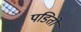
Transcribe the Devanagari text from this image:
पडितों